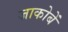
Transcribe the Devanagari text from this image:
जाकोबें